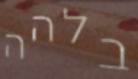
בלהה